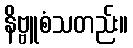
နိဗ္ဗူစံသတည်း။